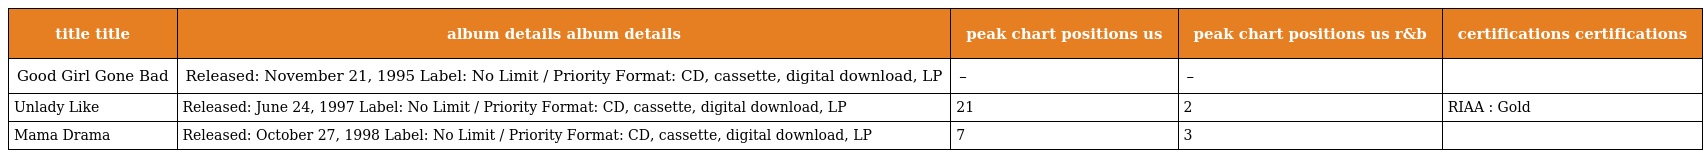
| title title | album details album details | peak chart positions us | peak chart positions us r&b | certifications certifications |
 | --- | --- | --- | --- | --- |
 | Good Girl Gone Bad | Released: November 21, 1995 Label: No Limit / Priority Format: CD, cassette, digital download, LP | – | – |  |
 | Unlady Like | Released: June 24, 1997 Label: No Limit / Priority Format: CD, cassette, digital download, LP | 21 | 2 | RIAA : Gold |
 | Mama Drama | Released: October 27, 1998 Label: No Limit / Priority Format: CD, cassette, digital download, LP | 7 | 3 |  |